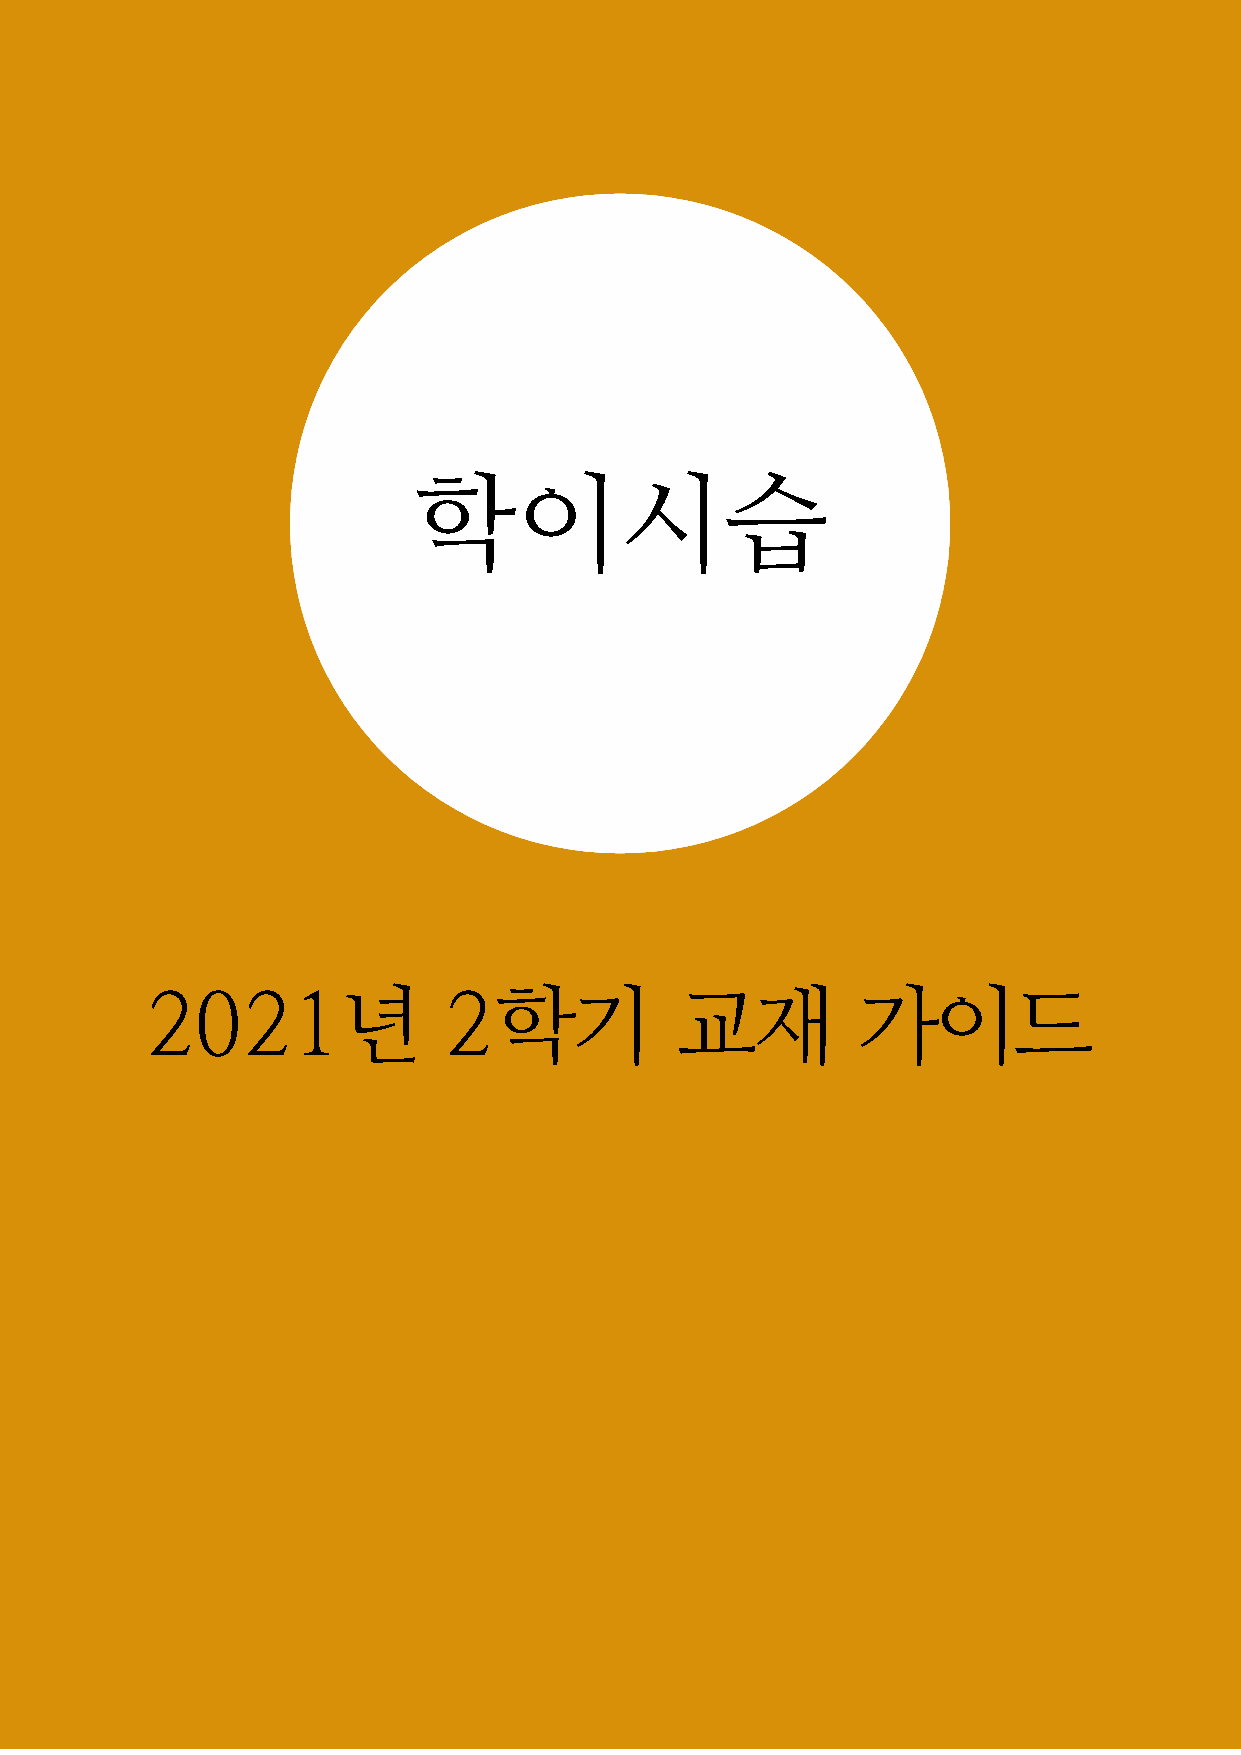
학이시습
 2021년              2학기             교재          가이드